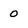
Character: 0